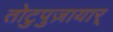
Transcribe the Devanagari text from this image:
तोटुपुज़ायार्